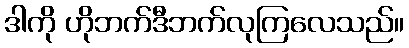
ဒါကို ဟိုဘက်ဒီဘက်လုကြလေသည်။